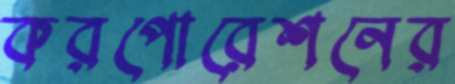
করপোরেশনের